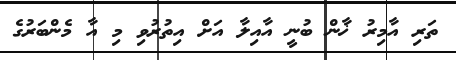
ތަރި އާމިރު ޚާން ބުނީ އާއިލާ އަށް އިތުރުވި މި އާ މެންބަރުގެ